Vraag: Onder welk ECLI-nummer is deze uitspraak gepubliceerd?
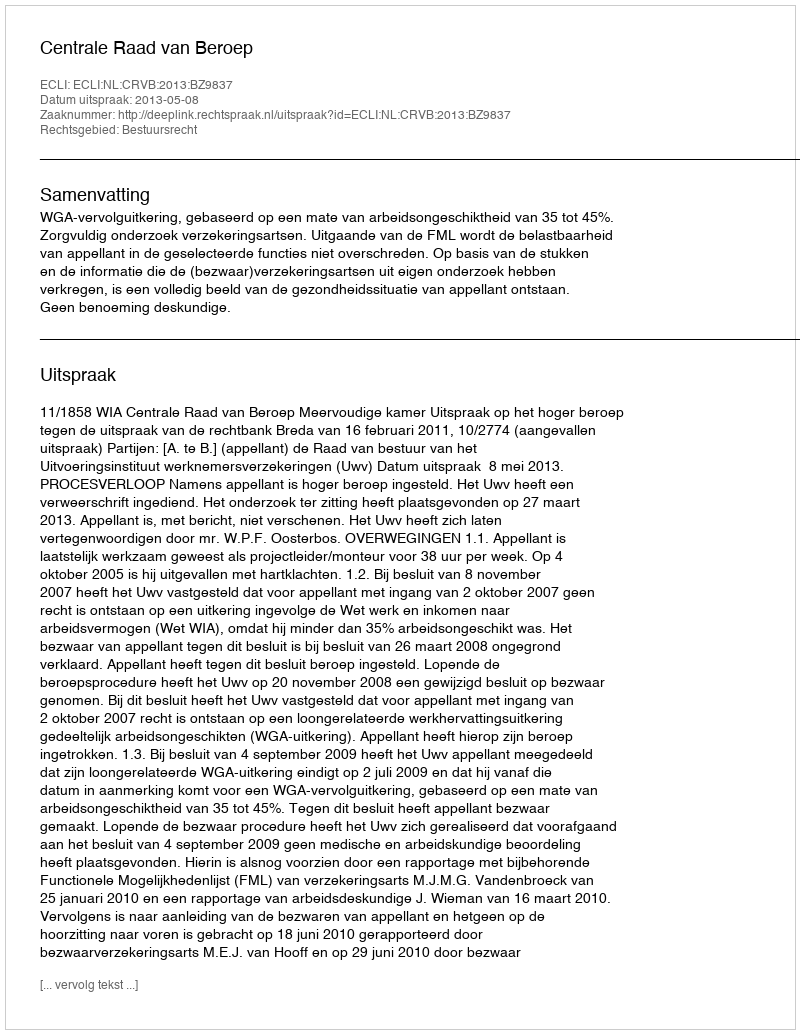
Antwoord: ECLI:NL:CRVB:2013:BZ9837